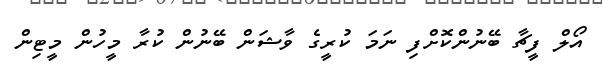
އޯލް ފީޗާ ބޭނުންކޮށްފި ނަމަ ކުރީގެ ވާޝަން ބޭނުން ކުރާ މީހުން މީޓިން